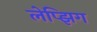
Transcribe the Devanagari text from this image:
लेप्झिग